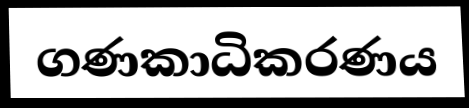
ගණකාධිකරණය